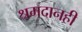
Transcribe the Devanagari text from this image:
श्रमदानही